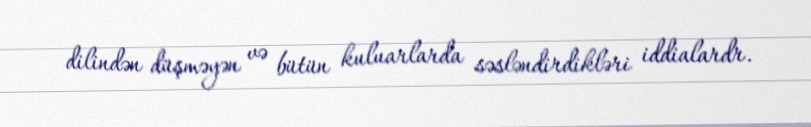
dilindən düşməyən və bütün kuluarlarda səsləndirdikləri iddialardr.